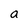
Character: a